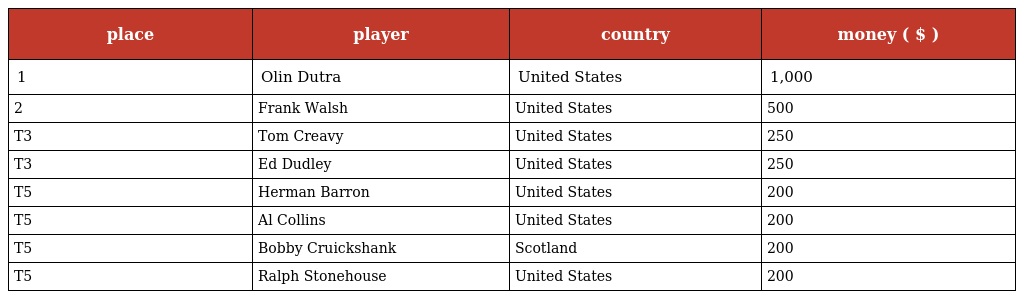
| place | player | country | money ( $ ) |
 | --- | --- | --- | --- |
 | 1 | Olin Dutra | United States | 1,000 |
 | 2 | Frank Walsh | United States | 500 |
 | T3 | Tom Creavy | United States | 250 |
 | T3 | Ed Dudley | United States | 250 |
 | T5 | Herman Barron | United States | 200 |
 | T5 | Al Collins | United States | 200 |
 | T5 | Bobby Cruickshank | Scotland | 200 |
 | T5 | Ralph Stonehouse | United States | 200 |